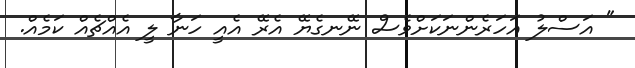
" އަސްލު އަހަރެންނަކަށްވެސް ނޭނގެޔޭ އެރޭ އެއީ ހަނާ ލީ އެއްޗެއް ކަމެއް.